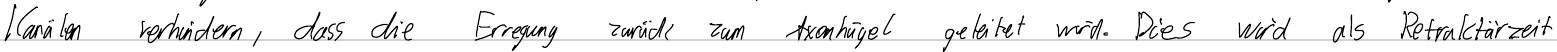
Kanälen verhindern, dass die Erregung zurück zum Axonhügel geleitet wird. Dies wird als Retraktärzeit